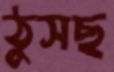
ঠুসছ